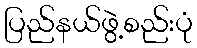
ပြည်နယ်ဖွဲ့စည်းပုံ